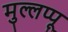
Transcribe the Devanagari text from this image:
मुल्लप्पू